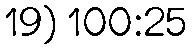
19) 100:25